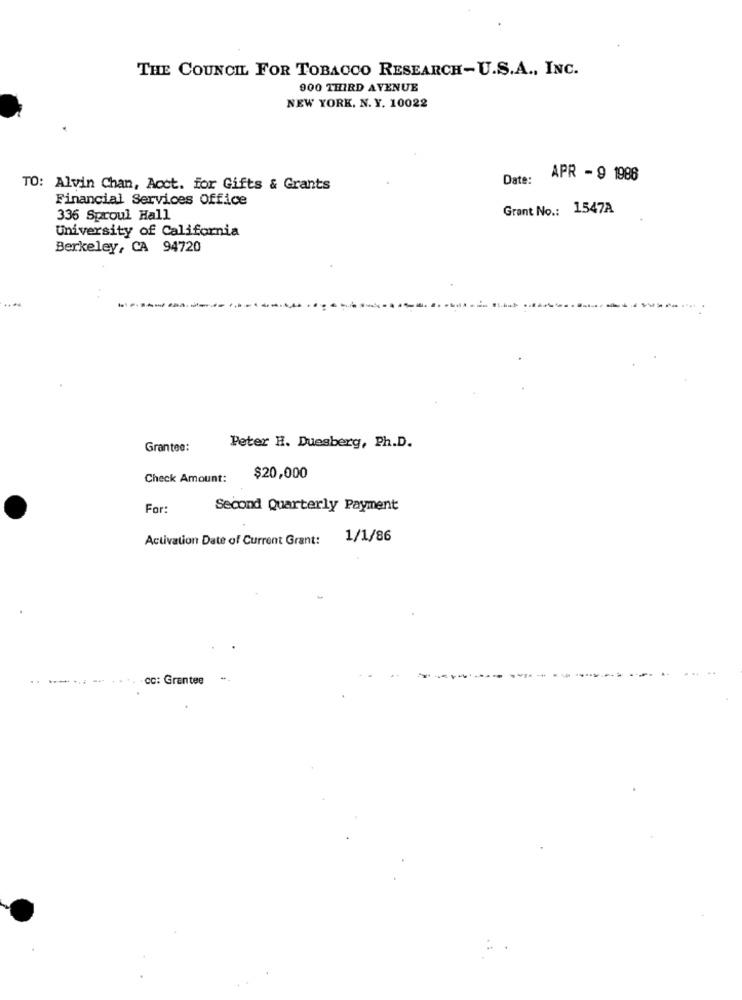
THE COUNCIL FOR TOBACCO RESEARCH-U.S.A ., INC.
900 THIRD AVENUE
NEW YORK, N. Y. 10022
Date:
APR - 9 1988
TO: Alvin Chan, Acct. for Gifts & Grants
Financial Services Office
Grant No .: 1547A
336 Sproul Hall
University of California
Berkeley, CA 94720
Grantee:
Peter H. Duesberg, Ph.D.
Check Amount:
$20,000
For:
Second Quarterly Payment
Activation Date of Current Grant:
1/1/86
cc: Grantee